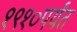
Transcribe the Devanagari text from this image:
१९१०पर्यंत